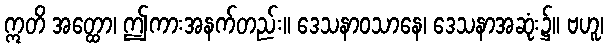
ဣတိ အတ္ထော၊ ဤကားအနက်တည်း။ ဒေသနာဝသာနေ၊ ဒေသနာအဆုံး၌။ ဗဟူ၊